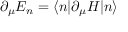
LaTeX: \partial _ { \mu } E _ { n } = \langle n | \partial _ { \mu } H | n \rangle